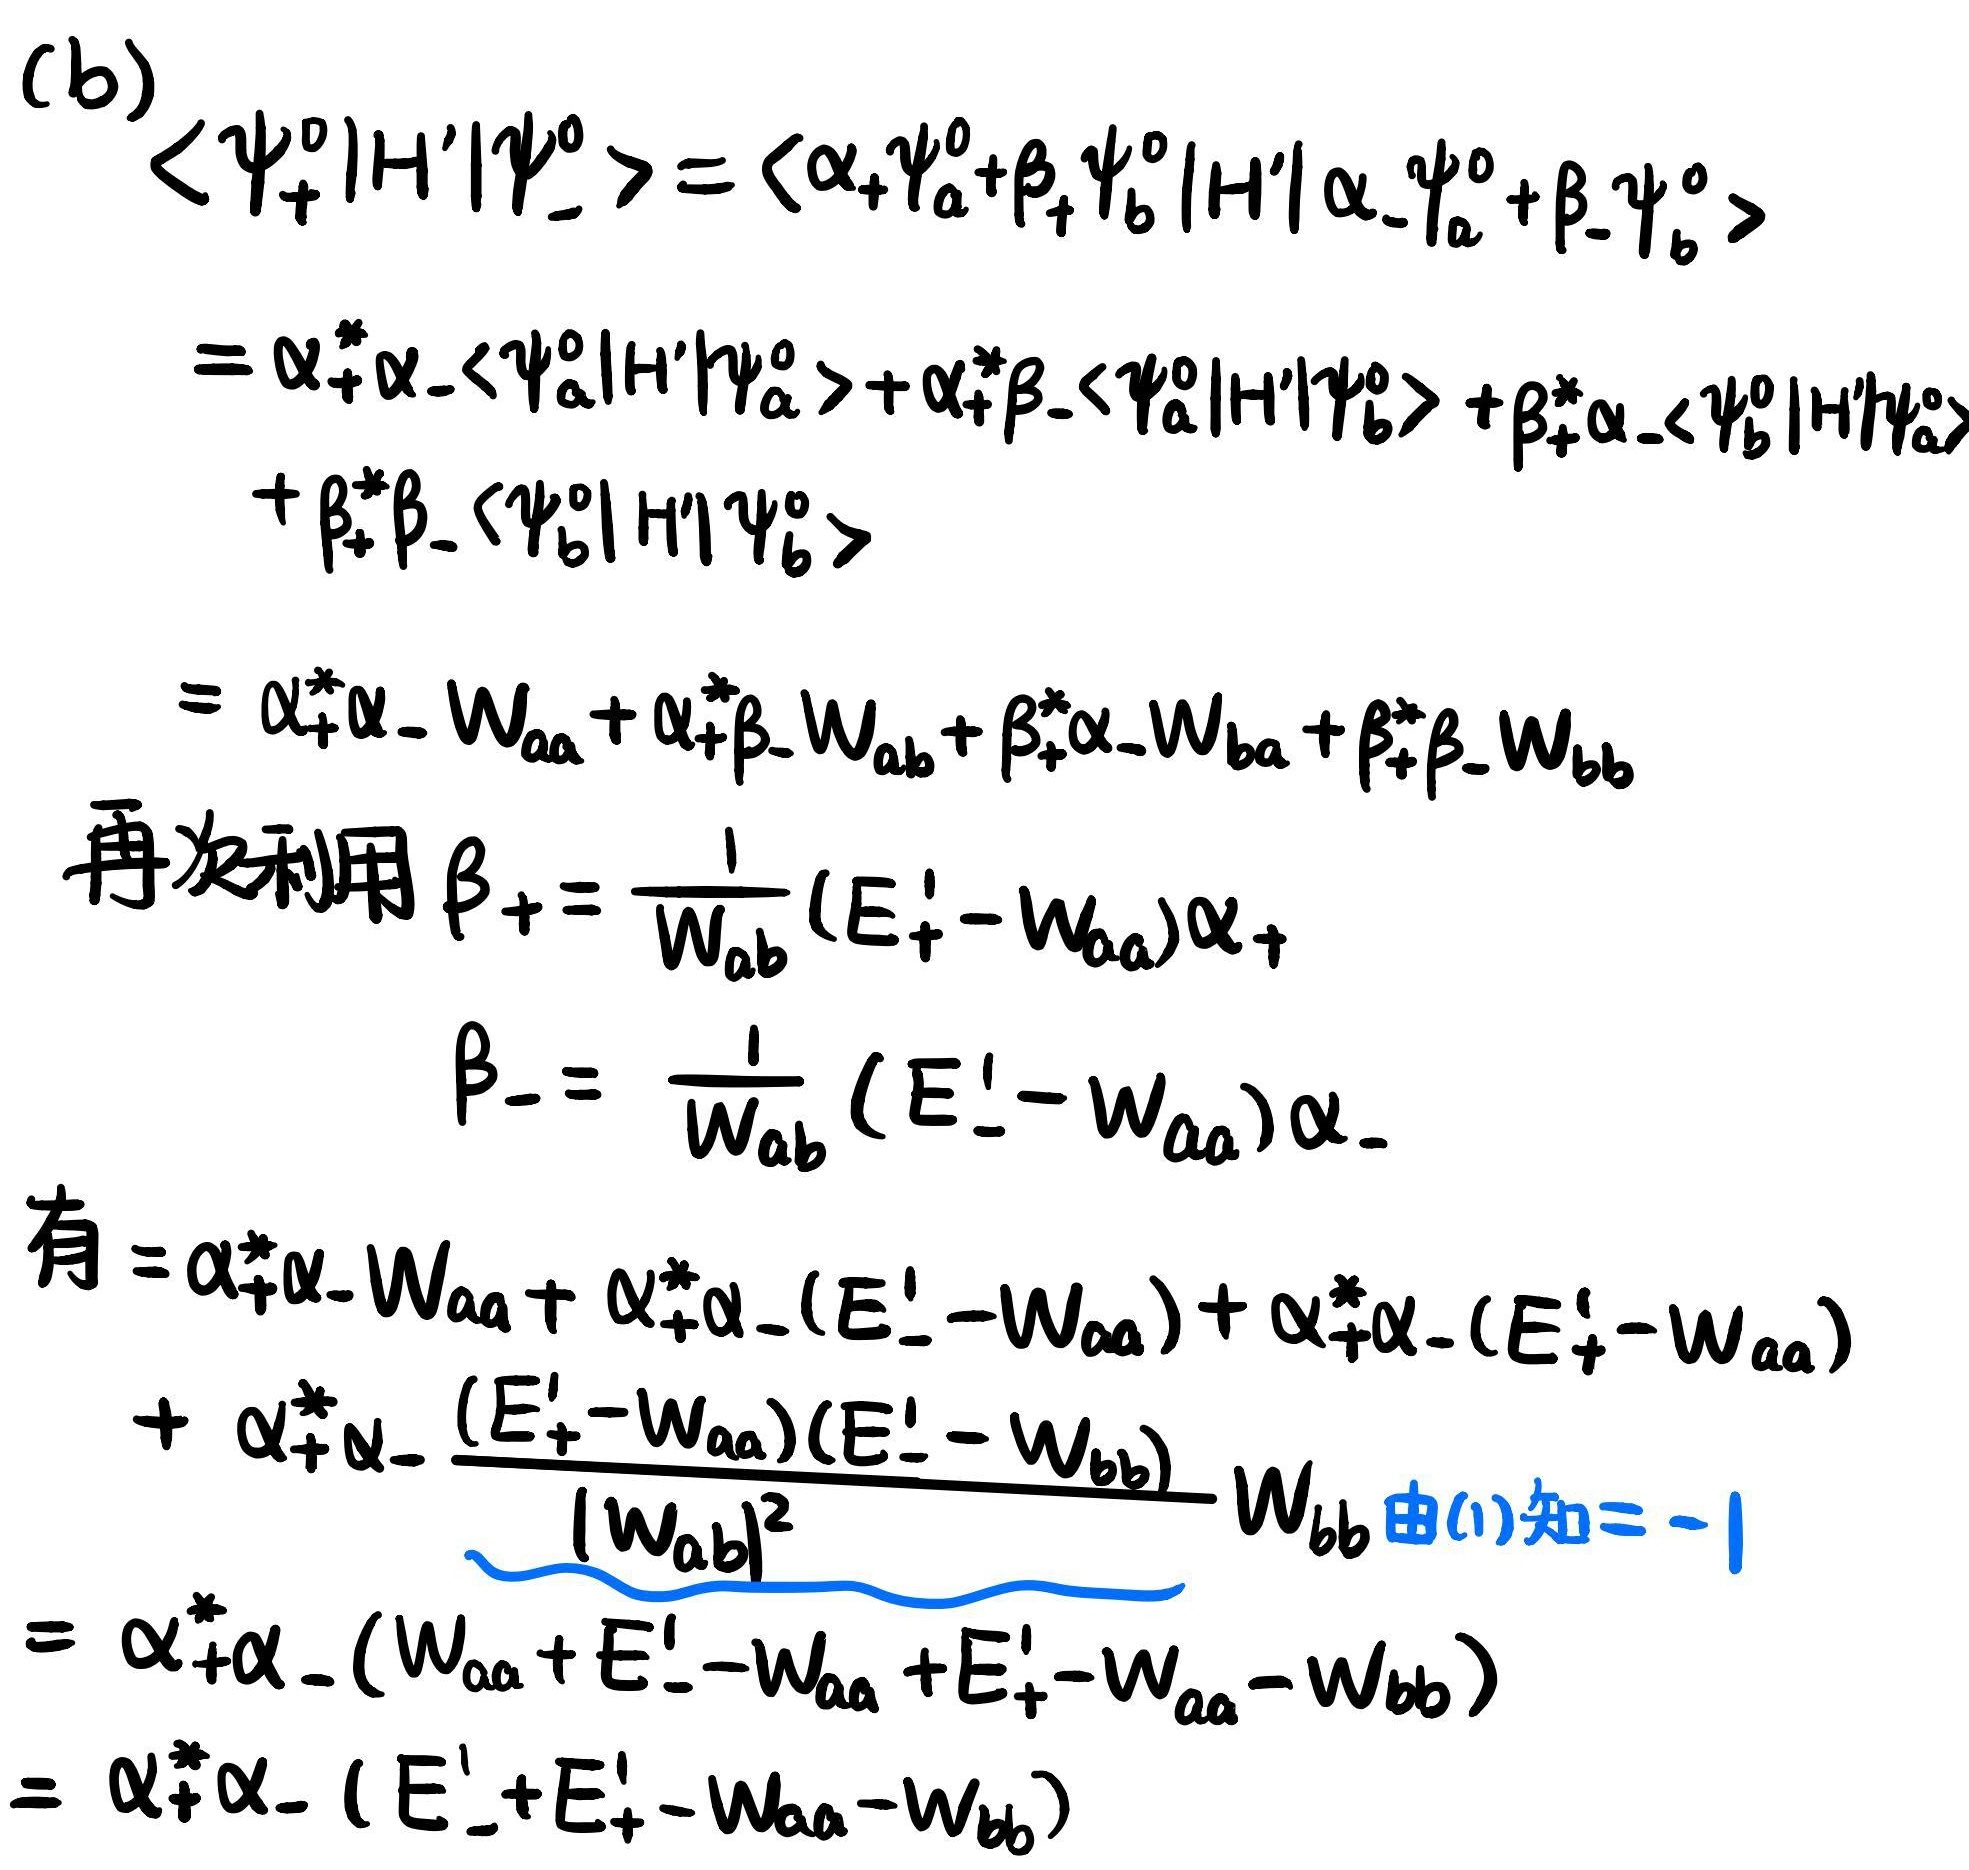
(b)
\[
\begin{align*}
\langle\Psi_+^0|H'|\Psi_-^0\rangle&=\langle\alpha_+\Psi_a^0+\beta_+\Psi_b^0|H'|\alpha_-\Psi_a^0+\beta_-\Psi_b^0\rangle\\
&=\alpha_+^*\alpha_-\langle\Psi_a^0|H'|\Psi_a^0\rangle+\alpha_+^*\beta_-\langle\Psi_a^0|H'|\Psi_b^0\rangle+\beta_+^*\alpha_-\langle\Psi_b^0|H'|\Psi_a^0\rangle+\beta_+^*\beta_-\langle\Psi_b^0|H'|\Psi_b^0\rangle\\
&=\alpha_+^*\alpha_-W_{aa}+\alpha_+^*\beta_-W_{ab}+\beta_+^*\alpha_-W_{ba}+\beta_+^*\beta_-W_{bb}
\end{align*}
\]
再次利用\(\beta_+=\frac{1}{W_{ab}}(E_+'-W_{aa})\alpha_+\)，\(\beta_-=\frac{1}{W_{ab}}(E_-' - W_{aa})\alpha_-\)
\[
\begin{align*}
\text{有}&=\alpha_+^*\alpha_-W_{aa}+\alpha_+^*\alpha_-(E_-' - W_{aa})+\alpha_+^*\alpha_-(E_+' - W_{aa})+\alpha_+^*\alpha_-\frac{(E_+' - W_{aa})(E_-' - W_{bb})}{|W_{ab}|^2}W_{bb}\text{ 由(1)知}=-1\\
&=\alpha_+^*\alpha_-(W_{aa}+E_-' - W_{aa}+E_+' - W_{aa}-W_{bb})\\
&=\alpha_+^*\alpha_-(E_+' + E_-' - W_{aa}-W_{bb})
\end{align*}
\]